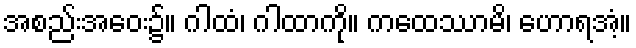
အစည်းအဝေး၌။ ဂါထံ၊ ဂါထာကို။ ကထေဿာမိ၊ ဟောရအံ့။